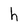
Character: h